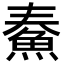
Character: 𩶓